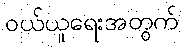
ဝယ်ယူရေးအတွက်